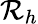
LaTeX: \mathcal{R}_{h}